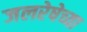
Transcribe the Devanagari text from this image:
जलरेषेच्या